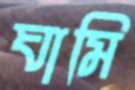
ঘামি